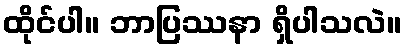
ထိုင်ပါ။ ဘာပြဿနာ ရှိပါသလဲ။